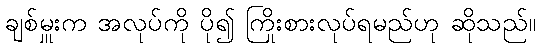
ချစ်မှူးက အလုပ်ကို ပို၍ ကြိုးစားလုပ်ရမည်ဟု ဆိုသည်။